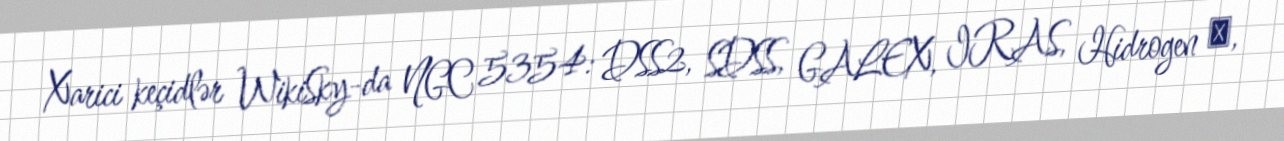
Xarici keçidlər WikiSky-da NGC 5354: DSS2, SDSS, GALEX, IRAS, Hidrogen α,